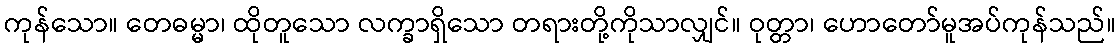
ကုန်သော။ တေဓမ္မာ၊ ထိုတူသော လက္ခာရှိသော တရားတို့ကိုသာလျှင်။ ဝုတ္တာ၊ ဟောတော်မူအပ်ကုန်သည်။